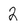
Character: 2